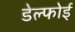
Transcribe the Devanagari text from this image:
डेल्फोई